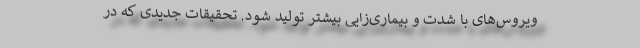
ویروس‌های با شدت و بیماری‌زایی بیشتر تولید شود. تحقیقات جدیدی که در